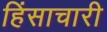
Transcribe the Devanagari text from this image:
हिंसाचारी